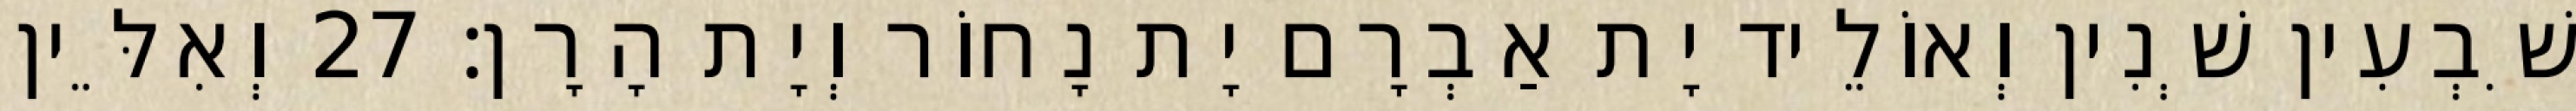
שִׁבְעִין שְׁנִין וְאוֹלֵיד יָת אַבְרָם יָת נָחוֹר וְיָת הָרָן׃ 27 וְאִלֵּין